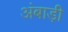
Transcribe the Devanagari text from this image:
अंबाड़ी़